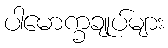
ပါမောက္ခချုပ်များ